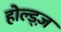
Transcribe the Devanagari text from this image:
होल्ड्ज़